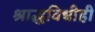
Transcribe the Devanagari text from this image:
श्राद्धविधीही